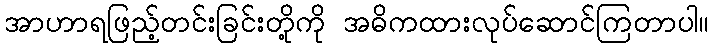
အာဟာရဖြည့်တင်းခြင်းတို့ကို အဓိကထားလုပ်ဆောင်ကြတာပါ။